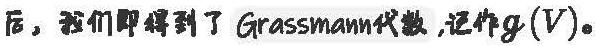
后，我们即得到了 Grassmann代数，记作$\mathcal{g}(V)$。